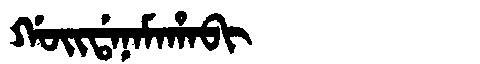
Manchu: ᡤᠣᡳᡩᠠᠨᠠᠮᠠᡥᠠᠪᡳ
Romanization: GOIDANAMAHABI